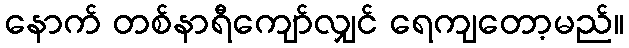
နောက် တစ်နာရီကျော်လျှင် ရေကျတော့မည်။